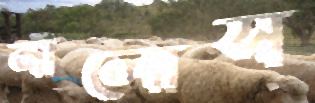
নালোস